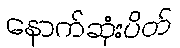
နောက်ဆုံးပိတ်